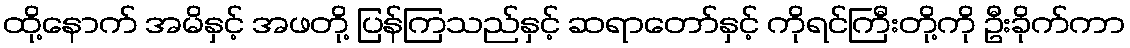
ထို့နောက် အမိနှင့် အဖတို့ ပြန်ကြသည်နှင့် ဆရာတော်နှင့် ကိုရင်ကြီးတို့ကို ဦးခိုက်ကာ